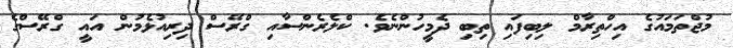
މުޖްތަމައުގެ އިހްތިރާމް ލިބިފައި ތިބި ދެމީހުންނެވެ. ކްލެރެންސާއި ގްރޭސް ދިރިއުޅެމުން އައީ ގްރޭސްގެ